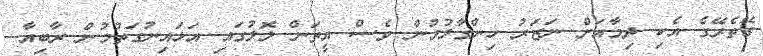
ގޭތެރޭގެ އެކި ދިމާއަށް ނަޒަރު ހިންގާލުމުން ވެސް އީތަން ލޮލުގައި އަޅައިނުގަތުމުން ރާބިއާ